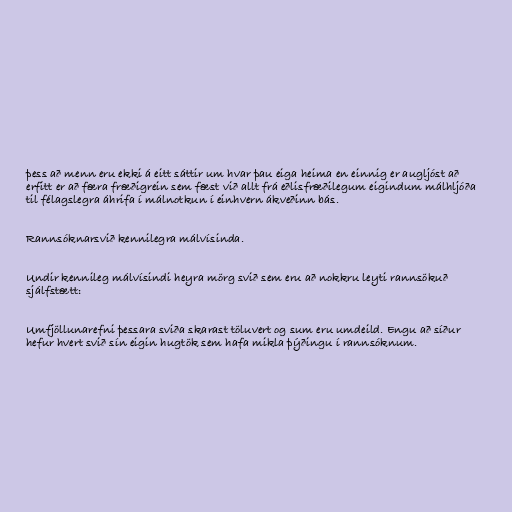
þess að menn eru ekki á eitt sáttir um hvar þau eiga heima en einnig er augljóst að
erfitt er að færa fræðigrein sem fæst við allt frá eðlisfræðilegum eigindum málhljóða
til félagslegra áhrifa í málnotkun í einhvern ákveðinn bás.

Rannsóknarsvið kennilegra málvísinda.

Undir kennileg málvísindi heyra mörg svið sem eru að nokkru leyti rannsökuð
sjálfstætt:

Umfjöllunarefni þessara sviða skarast töluvert og sum eru umdeild. Engu að síður
hefur hvert svið sín eigin hugtök sem hafa mikla þýðingu í rannsóknum.